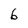
Character: 6